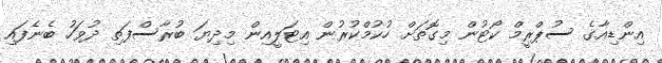
އިންޑިއާގެ ސުޕްރީމް ކޯޓުން މިގޮތަށް ހުކުމްކުރުން އިޓަލީއިން މިދިޔަ ބުރާސްފަތި ދުވަހު ބެނެފައި